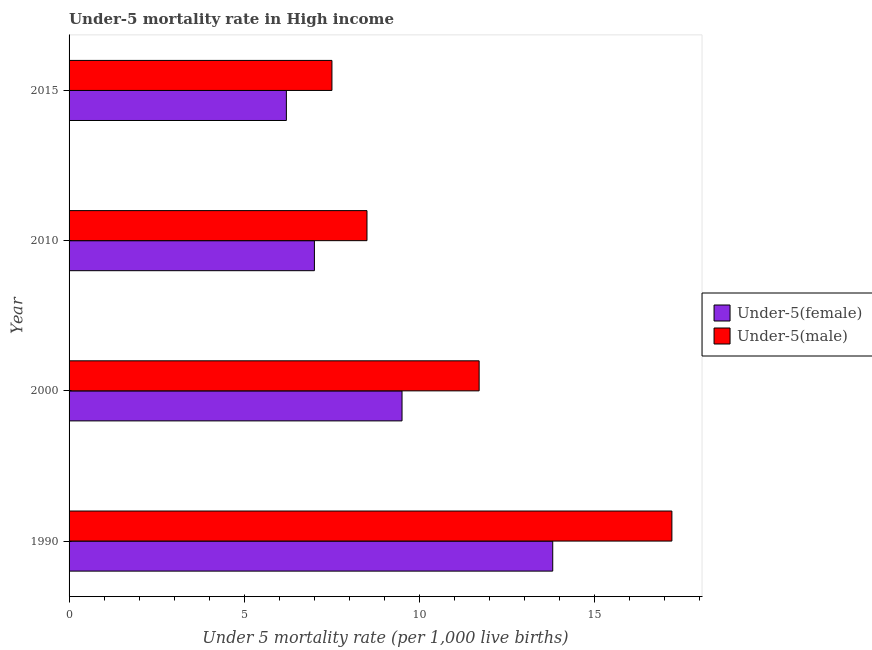
| Year | Under-5(female) | Under-5(male) |
 | --- | --- | --- |
 | 1990 | 13.8 | 17.2 |
 | 2000 | 9.5 | 11.7 |
 | 2010 | 7 | 8.5 |
 | 2015 | 6.2 | 7.5 |